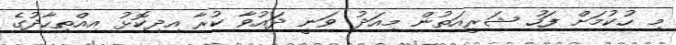
މި ހުކުމަށް ފަހު ޝަރީއަތުން މިއަދު ވަނީ ދައުވާ ކުރާ އިދިކޮޅު އިއްތިހާދުގެ